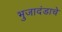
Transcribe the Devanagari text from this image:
भुजादंडाचे